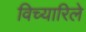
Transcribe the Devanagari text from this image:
विच्यारिले